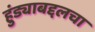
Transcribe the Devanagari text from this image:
हुंड्याबद्दलचा